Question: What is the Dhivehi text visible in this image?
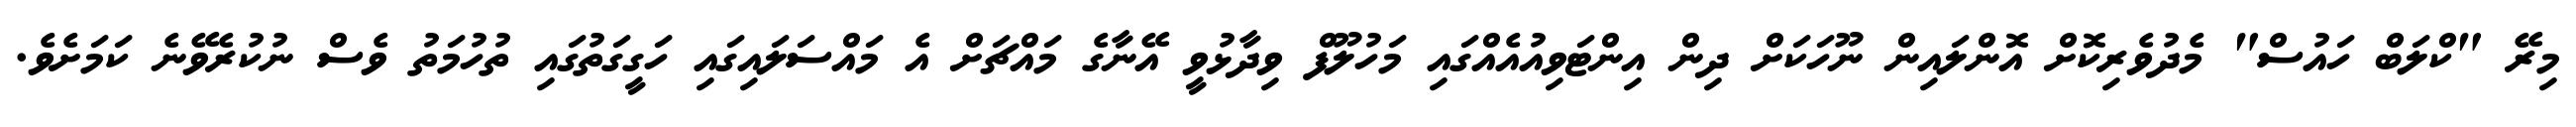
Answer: މިރޭ "ކްލަބް ހައުސް" މެދުވެރިކޮށް އޮންލައިން ނޫހަކަށް ދިން އިންޓަވިއުއެއްގައި މަހުލޫފް ވިދާޅުވީ އޭނާގެ މައްޗަށް އެ މައްސަލައިގައި ހަގީގަތުގައި ތުހުމަތު ވެސް ނުކުރެވޭނެ ކަމަށެވެ.